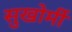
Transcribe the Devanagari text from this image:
सुखोर्मी